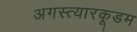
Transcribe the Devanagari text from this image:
अगस्त्यारकूडम